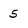
Character: 5